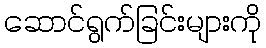
ဆောင်ရွက်ခြင်းများကို